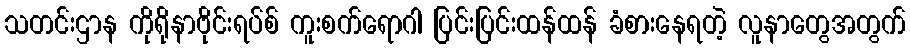
သတင်းဌာန ကိုရိုနာဗိုင်းရပ်စ် ကူးစက်ရောဂါ ပြင်းပြင်းထန်ထန် ခံစားနေရတဲ့ လူနာတွေအတွက်